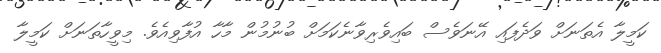
ކަމީލާ އެތަނަށް ވަދެފައި އޭނަވެސް ބައިވެރިވާނެކަމަށް ބުނުމުން މާހާ އުފާވިއެވެ. މިވީހާތަނަށް ކަމީލާ